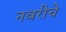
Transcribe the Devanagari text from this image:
नवरीचे